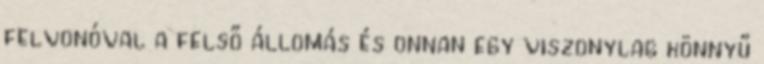
felvonóval a felső állomás és onnan egy viszonylag könnyű